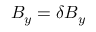
{ B _ { y } = \delta B _ { y } }